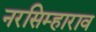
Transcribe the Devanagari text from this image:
नरसिम्हाराव